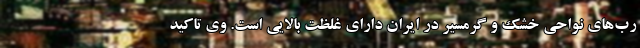
رب‌های نواحی خشک و گرمسیر در ایران دارای غلظت بالایی است. وی تاکید